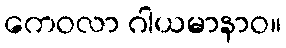
ကေဝလာ ဂါယမာနာဝ။